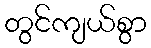
တွင်ကျယ်စွာ